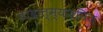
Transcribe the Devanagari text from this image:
तादात्म्यजनित